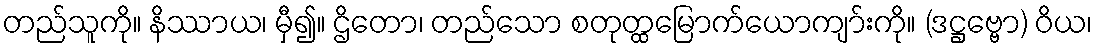
တည်သူကို။ နိဿာယ၊ မှီ၍။ ဌိတော၊ တည်သော စတုတ္ထမြောက်ယောကျာ်းကို။ (ဒဋ္ဌဗ္ဗော) ဝိယ၊